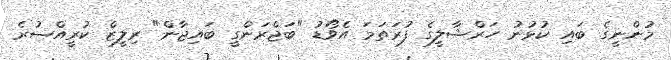
މުންނީގެ ބައި ކުޅުނު ހަރްޝާލީގެ ފުރަތަމަ އެވޯޑު "ބަޖްރަންގީ ބައިޖާން" ރިލީޒް ކުރީއްސުރެ